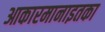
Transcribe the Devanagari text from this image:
आकारमानाइतका